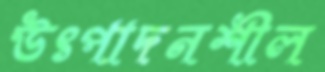
উৎপাদনশীল